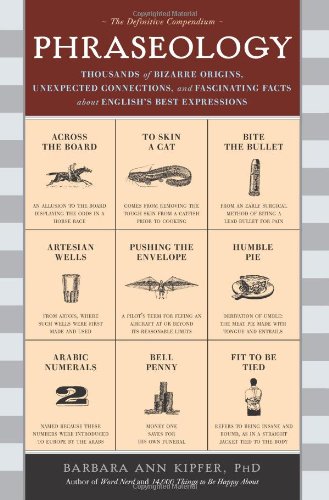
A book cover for Phraseology: Thousands of Bizarre Origins, Unexpected Connections, and Fascinating Facts about English's Best Expressions; Barbara Kipfer; Reference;